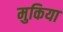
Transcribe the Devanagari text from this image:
मुकिया